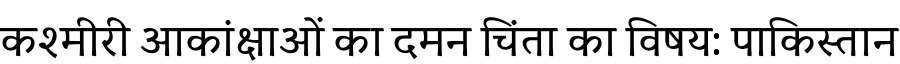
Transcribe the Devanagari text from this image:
कश्मीरी आकांक्षाओं का दमन चिंता का विषय: पाकिस्तान